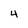
Character: 4